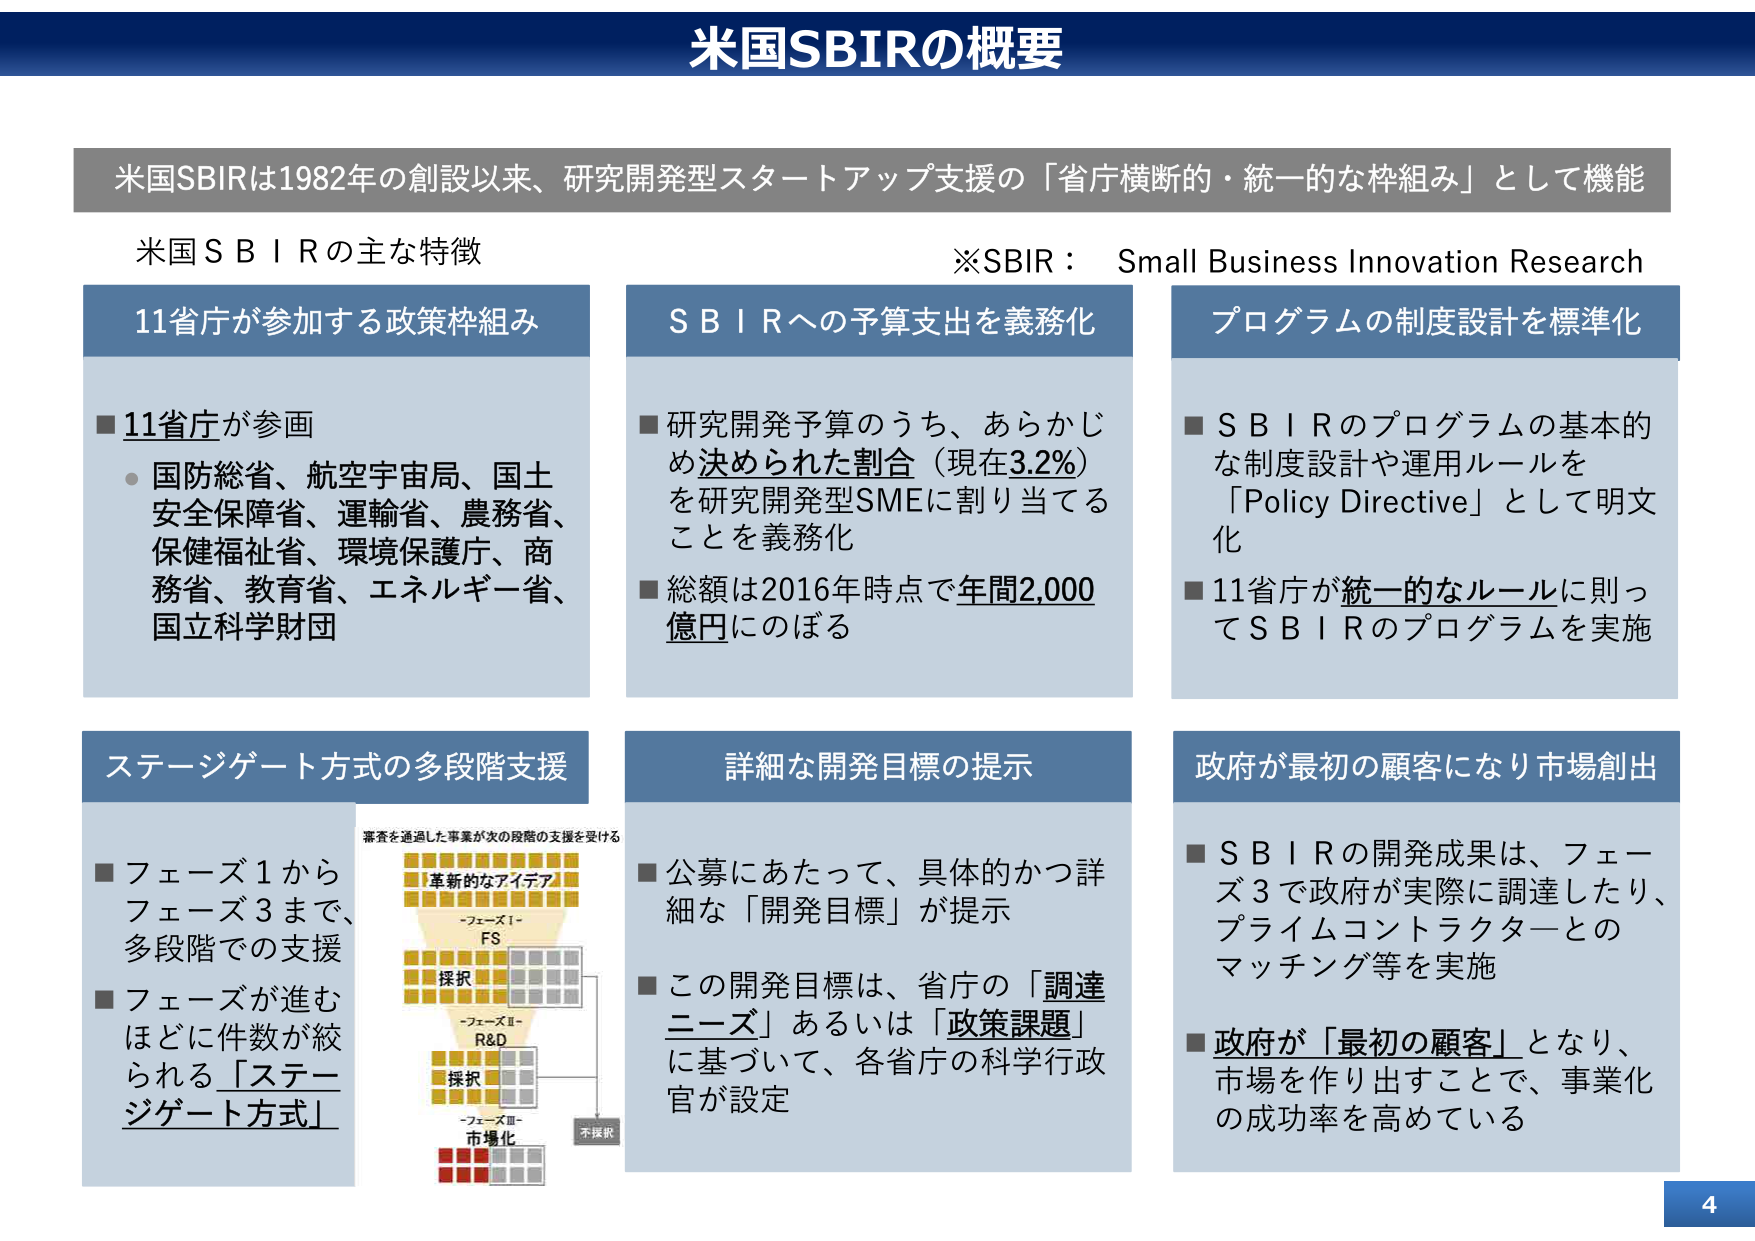
米国SBIRの概要

米国SBIRは1982年の創設以来、研究開発型スタートアップ支援の「省庁横断的・統一的な枠組み」として機能

※SBIR： Small Business Innovation Research

米国ＳＢＩＲの主な特徴

11省庁が参加する政策枠組み
■11省庁が参画
・国防総省、航空宇宙局、国土安全保障省、運輸省、農務省、保健福祉省、環境保護庁、商務省、教育省、エネルギー省、国立科学財団

ＳＢＩＲへの予算支出を義務化
■研究開発予算のうち、あらかじめ決められた割合（現在3.2%）を研究開発型SMEに割り当てることを義務化
■総額は2016年時点で年間2,000億円にのぼる

プログラムの制度設計を標準化
■ＳＢＩＲのプログラムの基本的な制度設計や運用ルールを「Policy Directive」として明文化
■11省庁が統一的なルールに則ってＳＢＩＲのプログラムを実施

ステージゲート方式の多段階支援
■フェーズ1からフェーズ3まで、多段階での支援
■フェーズが進むほどに件数が絞られる「ステージゲート方式」

審査を通過した事業が次の段階の支援を受ける
革新的なアイデア
-フェーズⅠ-
FS
採択
-フェーズⅡ-
R&D
採択
-フェーズⅢ-
市場化
不採択

詳細な開発目標の提示
■公募にあたって、具体的かつ詳細な「開発目標」が提示
■この開発目標は、省庁の「調達ニーズ」あるいは「政策課題」に基づいて、各省庁の科学行政官が設定

政府が最初の顧客になり市場創出
■ＳＢＩＲの開発成果は、フェーズ3で政府が実際に調達したり、プライムコントラクターとのマッチング等を実施
■政府が「最初の顧客」となり、市場を作り出すことで、事業化の成功率を高めている

4